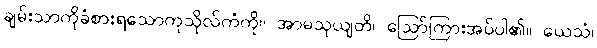
ချမ်းသာကိုခံစားရသောကုသိုလ်ကံကို။ အာမသုယျတိ၊ ဩော်ကြားအပ်ပါ၏။ ယေသံ၊